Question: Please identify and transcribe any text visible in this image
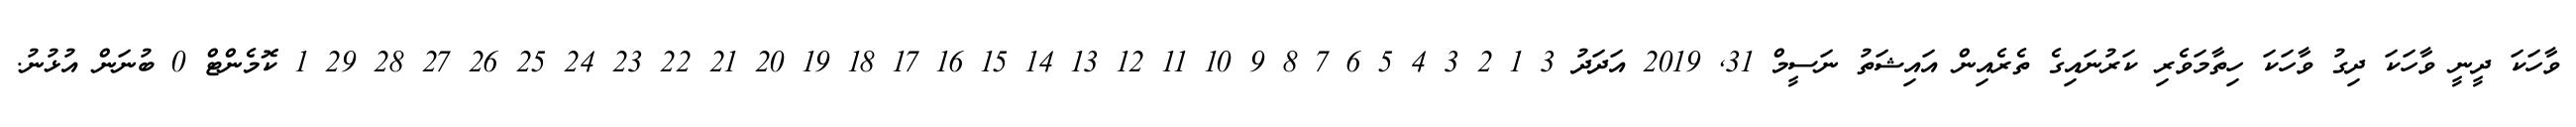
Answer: ވާހަކަ ދީނީ ވާހަކަ ދިގު ވާހަކަ ހިތާމަވެރި ކަރުނައިގެ ތެރެއިން އައިޝަތު ނަސީމް 31, 2019 އަދަދު 3 1 2 3 4 5 6 7 8 9 10 11 12 13 14 15 16 17 18 19 20 21 22 23 24 25 26 27 28 29 1 ކޮމެންޓް 0 ބުނަން އުޅުނު.